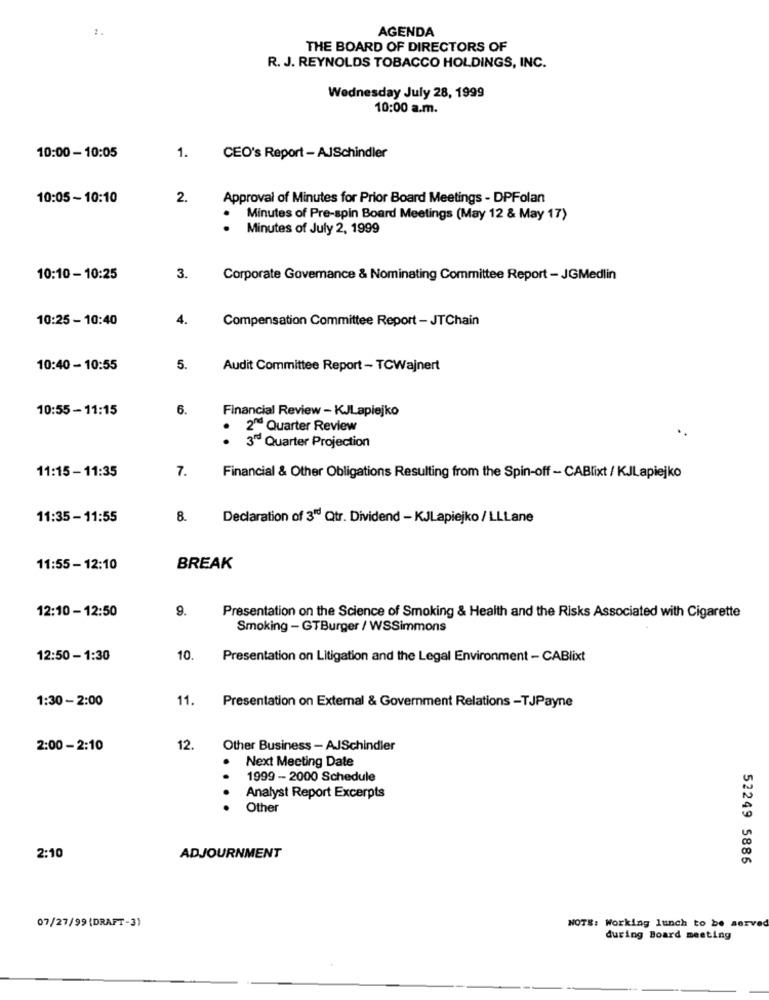
1.
AGENDA
THE BOARD OF DIRECTORS OF
R. J. REYNOLDS TOBACCO HOLDINGS, INC.
Wednesday July 28, 1999
10:00 a.m.
10:00 - 10:05
1.
CEO's Report - AJSchindler
10:05- 10:10
2.
Approval of Minutes for Prior Board Meetings - DPFolan
Minutes of Pre-spin Board Meetings (May 12 & May 17)
Minutes of July 2, 1999
10:10 - 10:25
3.
Corporate Governance & Nominating Committee Report - JGMedlin
10:25 - 10:40
4.
Compensation Committee Report - JTChain
10:40 - 10:55
5.
Audit Committee Report - TCWajnert
10:55 -11:15
6.
Financial Review - KJLaplejko
2ªª Quarter Review
3rd Quarter Projection
7.
11:15 -11:35
Financial & Other Obligations Resulting from the Spin-off - CABlixt / KJLapiejko
11:35-11:55
8.
Declaration of 3" Qtr. Dividend - KJLapiejko / LLLane
11:55- 12:10
BREAK
12:10 - 12:50
9.
Presentation on the Science of Smoking & Health and the Risks Associated with Cigarette
Smoking - GTBurger / WSSimmons
12:50 - 1:30
10.
Presentation on Litigation and the Legal Environment - CABlixt
1:30 - 2:00
Presentation on External & Government Relations -TJPayne
11.
2:00 - 2:10
12.
Other Business - AJSchindler
Next Meeting Date
1999 - 2000 Schedule
..
Analyst Report Excerpts
Other
2:10
ADJOURNMENT
52249 5886
07/27/99 [DRAFT-3)
NOTE: Working lunch to be served
during Board meeting